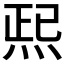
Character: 𱫆